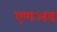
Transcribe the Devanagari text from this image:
एणअड